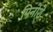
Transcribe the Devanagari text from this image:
पिनोशे